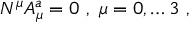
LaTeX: N ^ { \mu } A _ { \mu } ^ { a } = 0 \, \, , \, \, \mu = 0 , \dots 3 \, \, ,